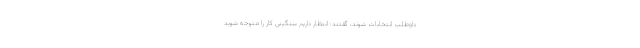
داوطلب انتخابات شوند، گفتند: انتظار داریم سنگینی کار را متوجه شوید